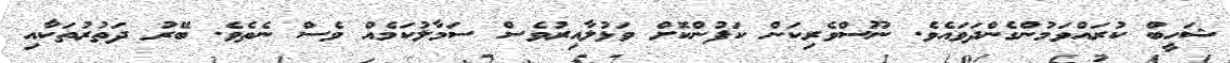
ޝަހީބް ކުރައްވަމުންގެންދަވައެވެ. ނޫސްވެރިކަން ކަފުންކޮށް ވަޅުލާއިރުވެސް ސަމާލުކަމެއް ވެސް ނެތެވެ. ބޭރު ދަތުރުތަކާއި